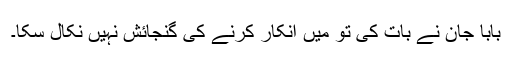
بابا جان نے بات کی تو میں انکار کرنے کی گنجائش نہیں نکال سکا۔